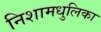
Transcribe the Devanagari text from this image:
निशामधुलिका